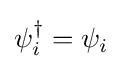
\psi _{i}^{\dagger }=\psi _{i}